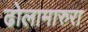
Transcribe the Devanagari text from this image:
ढोलामारुरा